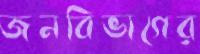
জনবিভাগের